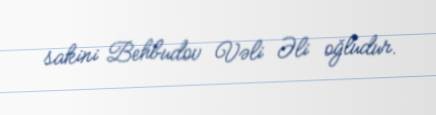
sakini Behbudov Vəli Əli oğludur.